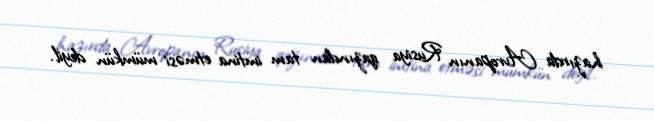
hazırda Avropanın Rusiya qazından tam imtina etməsi mümkün deyil.